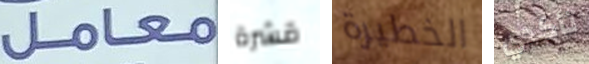
معامل قشرة الخطيرة تأكدي